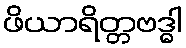
ဖိယာရိတ္တဗဒ္ဓါ